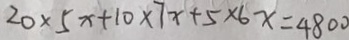
2 0 \times 5 x + 1 0 \times 7 x + 5 \times 6 x = 4 8 0 0